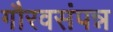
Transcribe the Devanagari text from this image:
गौरवसंपन्न